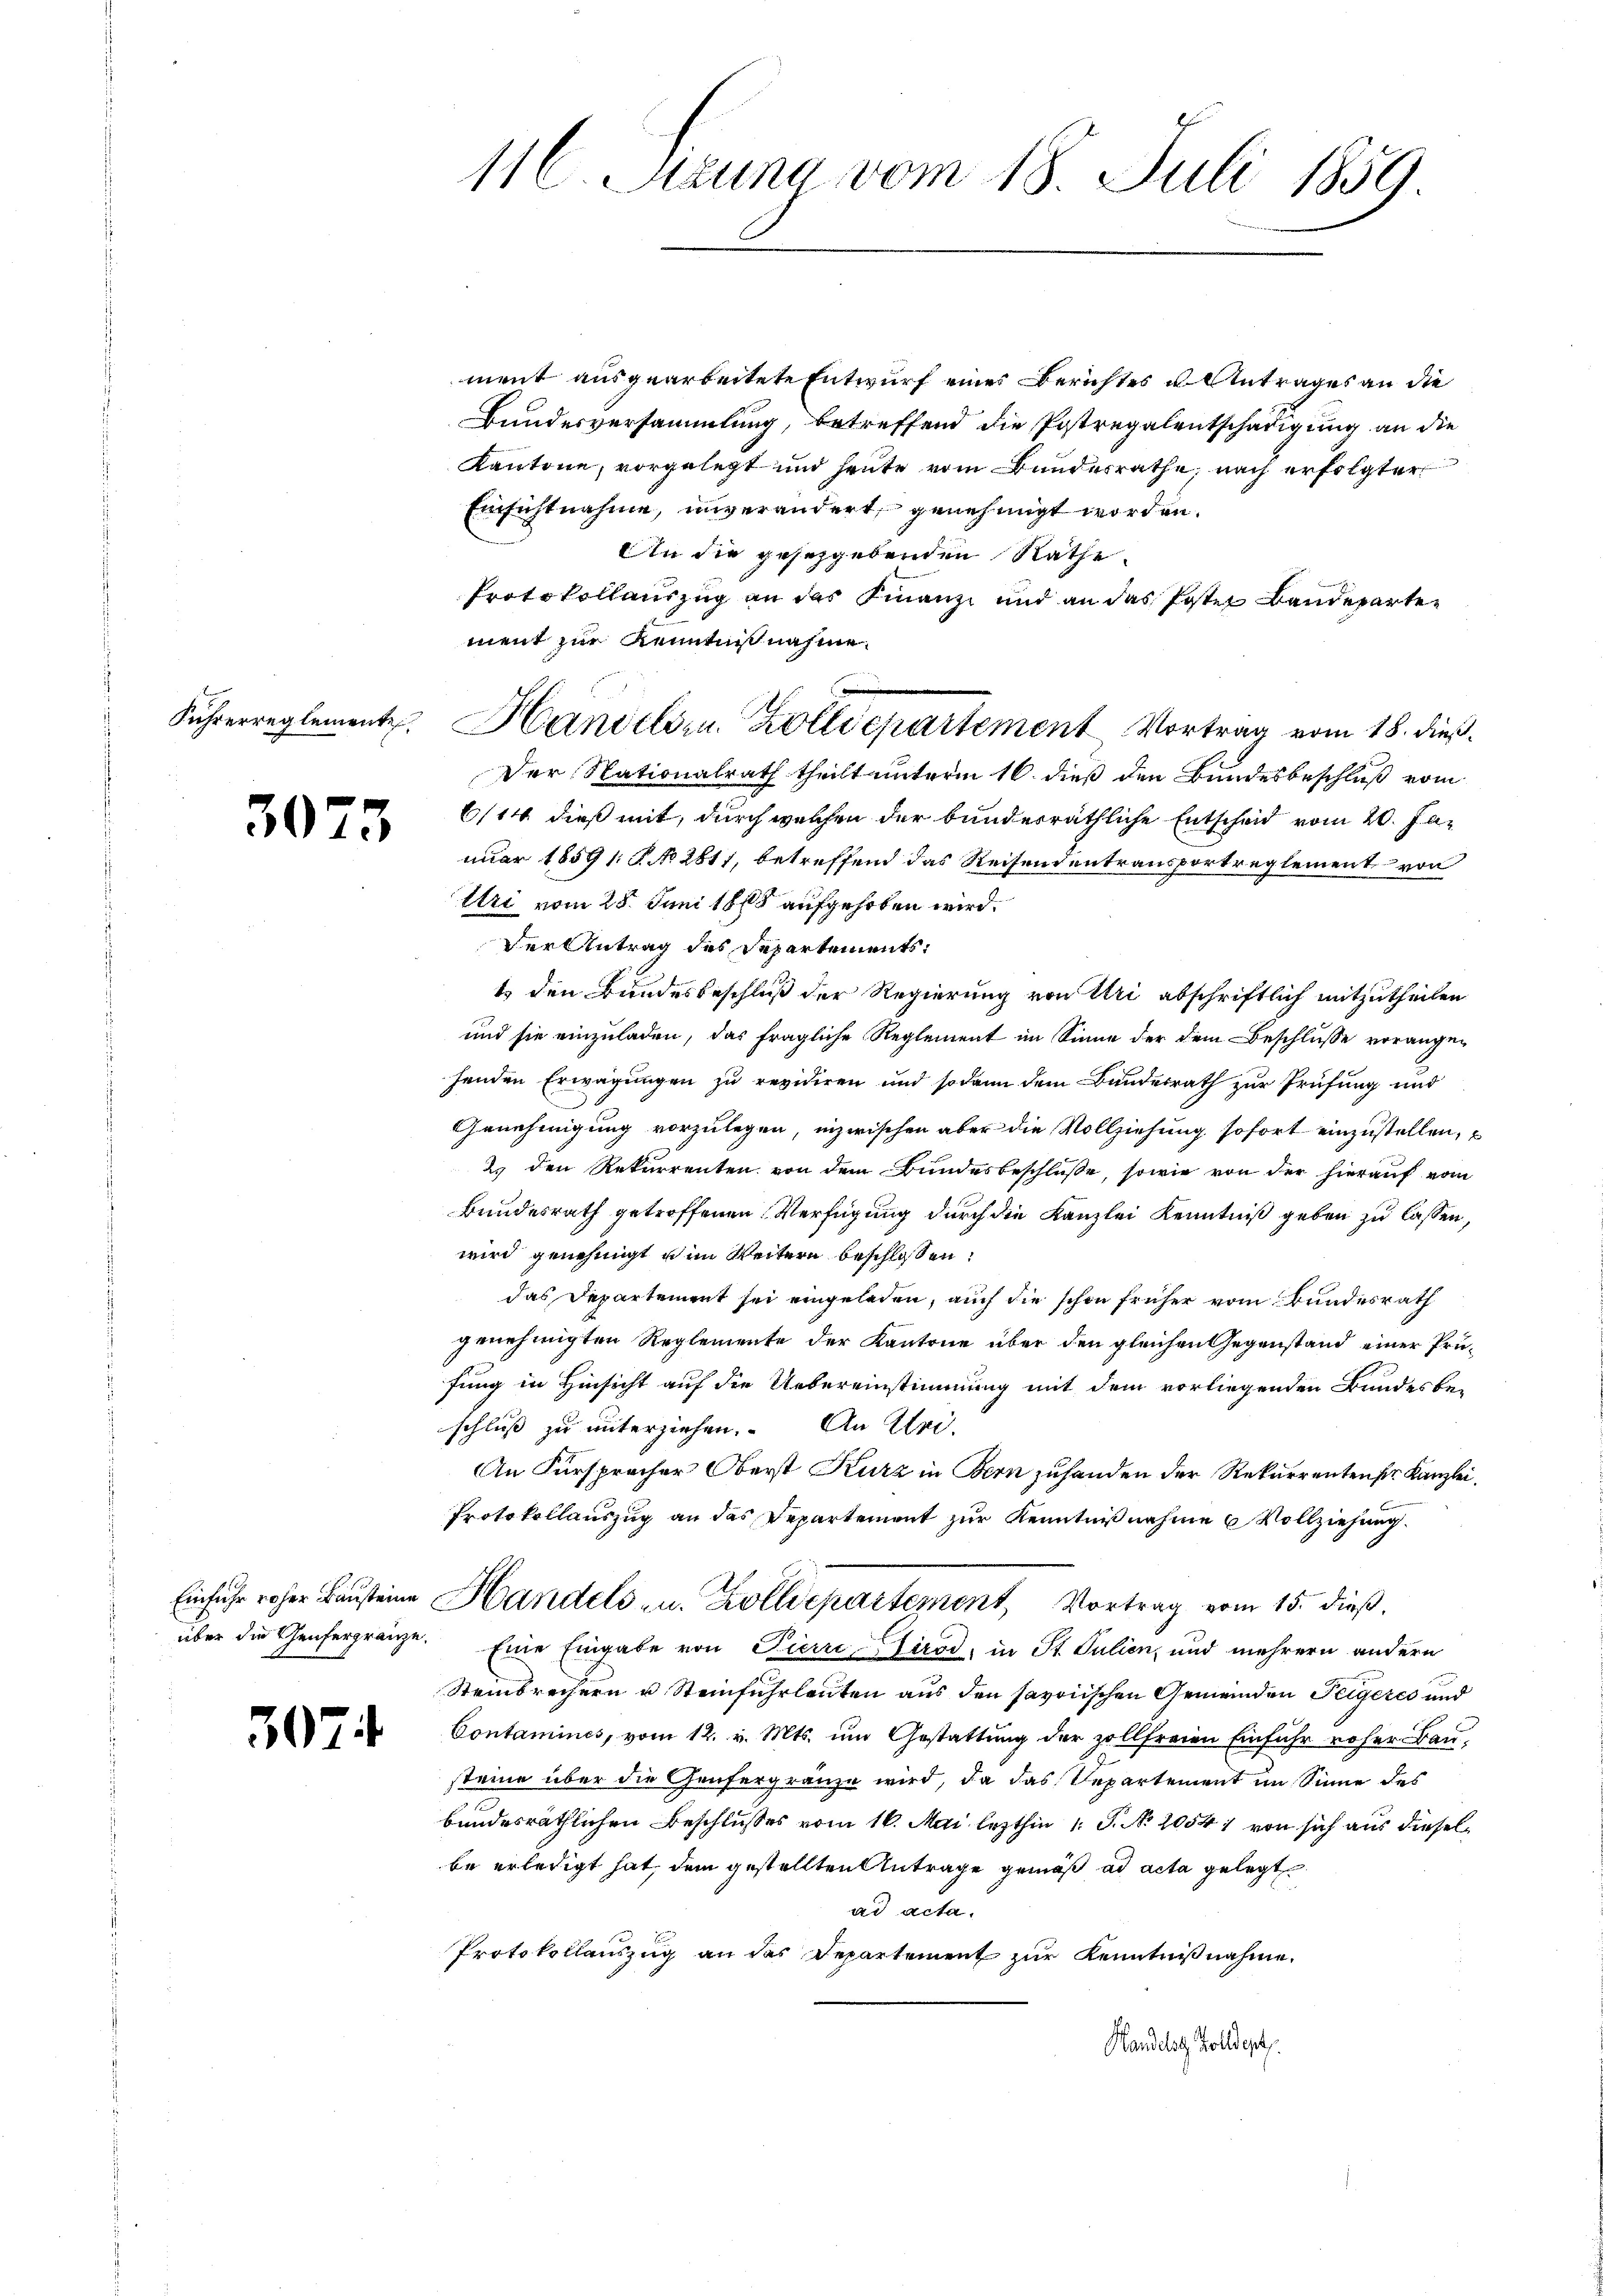
Fuhrerreglemente

3073

307.

116. Sizung vom 18. Juli 1859.

ment ausgearbeitete Entwurf eines Berichtes u. Antrages an die
Bundesversammlung, betreffend die Postregalentschädigung an die
Kantone, vorgelegt und heute vom Bundesrathe, nach erfolgter
Einsichtnahme, unverändert, genehmigt worden.
An die gesetzgebenden Rathe.
Protokollauszug an das Finanzi und an das Poster Bandepartement zur Kenntniß nahme.
Der Nationalrath theilt unterm 16. dieß den Bundesbeschluß vom
6/14. dieß mit, durch welchen der bunderräthliche Entscheid vom 20. Januar 18591: P. NNo. 2817, betreffend das Reisendentransportreglement von
Uri vom 28. Juni 1815 aufgehoben wird.
Der Antrag des Departements:
t den Bundesbeschluß der Regierung von Uri abschriftlich mitzutheilen
und sie einzuladen, das fragliche Reglement im Sinne der dem Beschlusse vorangehenden Erwägungen zu revidiren und sodann dem Bundesrath zur Prüfung und
Genehmigung vorzulegen, inzwischen aber die Vollziehung sofort einzustellen,
2. den Rekurrenten von dem Bundesbeschlüsse, sowie von der hierauf vom
Bundesrath getroffenen Verfügung durch die Kanzlei Kenntniß geben zu lassen,
wird genehmigt u im Weitern beschlossen:
das Departement sei eingeladen, auch die schon früher vom Bundesrath
genehmigten Reglemente der Kantone über den gleichen Gegenstand einer Prüfung in Hinsicht auf die Uebereinstimmung mit dem vorliegenden Bundesbe-
schluß zu unterziehen. An Ulri
An Fürspracher Oberst Kurz in Bern zuhanden der Rekurrentenstr. Kanzlei.
Protokollauszug an das Departement zur Kenntnißnahme Vollziehung.
Einfuhr roher Bausteine Handels- u. Zolldepartement, Vortrag vom 15. dieß.
über die Genfergränze. Eine Eingabe von Pierre Cirod, in St. Julien, und mehrern andern
Steinbrechern u. Steinfuhrleuten aus den savoischen Gemeinden Teigeres und
Contamines, vom 12. v. Mts. um Gestattung der zollfreien Einfuhr roher Bau-
steine über die Genfergränze wird, da das Repartement im Sinne des
bundesräthlichen Beschlusses vom 16. Mai lezthin 1. P. No 1054 1 von sich aus dieselbe erledigt hat, dem gestellten Antrage gemäß ad acta gelegt
ad acta.
Protokollauszug an das Departement zur Kenntnißnahme.
Handels Zolldept.

Handelsr. Zolldepartement Vortrag vom 18. dieß